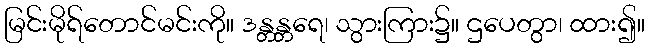
မြင်းမိုရ်တောင်မင်းကို။ ဒန္တန္တရေ၊ သွားကြား၌။ ဌပေတွာ၊ ထား၍။